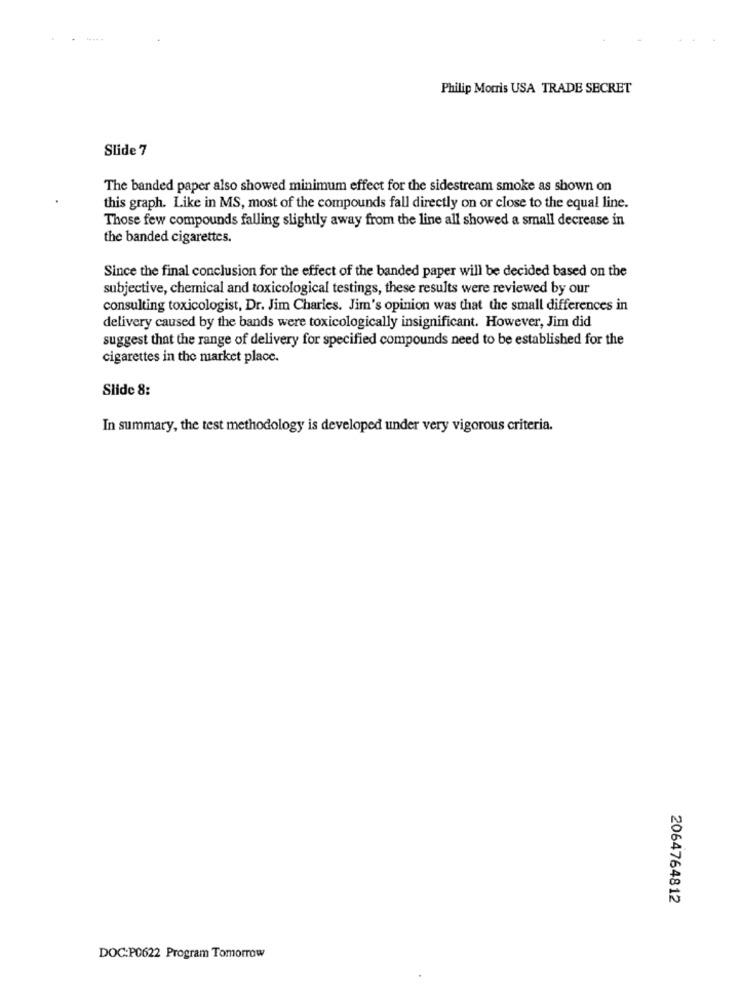
Philip Morris USA TRADE SECRET
Slide 7
The banded paper also showed minimum effect for the sidestream smoke as shown on
this graph. Like in MS, most of the compounds fall directly on or close to the equal line.
Those few compounds falling slightly away from the line all showed a small decrease in
the banded cigarettes.
Since the final conclusion for the effect of the banded paper will be decided based on the
subjective, chemical and toxicological testings, these results were reviewed by our
consulting toxicologist, Dr. Jim Charles. Jim's opinion was that the small differences in
delivery caused by the bands were toxicologically insignificant. However, Jim did
suggest that the range of delivery for specified compounds need to be established for the
cigarettes in the market place.
Slide 8:
In summary, the test methodology is developed under very vigorous criteria.
2064764812
DOC:P0622 Program Tomorrow